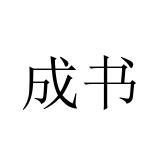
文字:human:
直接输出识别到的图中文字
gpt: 成书